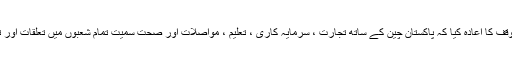
وفاقی وزیر نے اس موقف کا اعادہ کیا کہ پاکستان چین کے ساتھ تجارت ، سرمایہ کاری ، تعلیم ، مواصلات اور صحت سمیت تمام شعبوں میں تعلقات اور تعاون بڑھانا چاہتا ہے۔